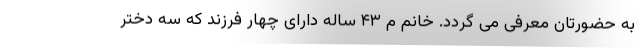
به حضورتان معرفی می گردد. خانم م ۴۳ ساله دارای چهار فرزند که سه دختر